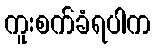
ကူးစက်ခံရပါက